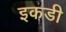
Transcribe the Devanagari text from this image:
इकडी